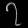
Digit: ၇